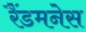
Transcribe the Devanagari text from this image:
रैंडमनेस